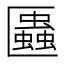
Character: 𠥨